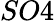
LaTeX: SO4